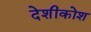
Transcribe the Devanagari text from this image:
देशीकोश